Annual report of the Madras Medical College
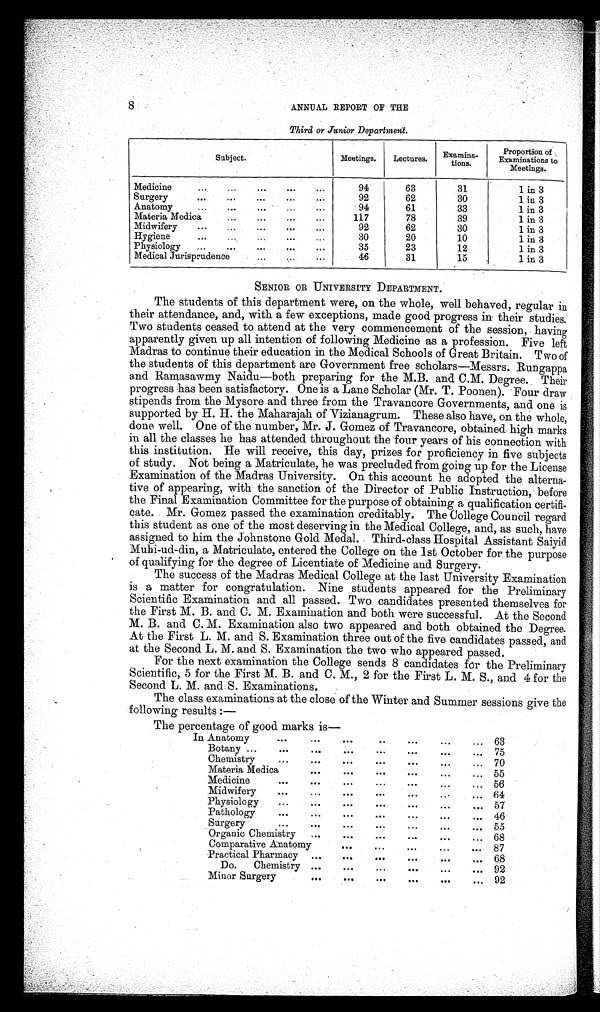
Third or Junior Department.
Subject.
Meetings.
Lectures.
Examine-
Lions.
Proportion of
Examinations to
Meetings.
Medicine
9 4
63
31
1 in 3
Surgery
92
62
30
1 in 3
Anatomy
94
61
33
1 in 3
Materia Medica
117
78
39
1 in 3
Midwifery
92
62
30
1 in 3
Hygiene
30
20
10
1 in 3
Physiology
35
23
12
1 in 3
Medical Jurisprudence
46
31
15
1 in 3
SENIOR OR UNIVERSITY DEPARTMENT.
The students of this department were, on the whole, well behaved, regular in
their attendance, and, with a few exceptions, made good progress in their studies.
Two students ceased to attend at the very commencement of the session, having
apparently given up all intention of following Medicine as a profession. Five left
Madras to continue their education in the Medical Schools of Great Britain. Two of
the students of this department are Government free scholars—Messrs. Rungappa
and Ramasawmy Naidu—both preparing for the M.B. and C.M. Degree. Their
progress has been satisfactory. One is a Lane Scholar (Mr. T. Poonen). Four draw
stipends from the Mysore and three from the Travancore Governments, and one is
supported by H. H. the Maharajah of lfizianagrum. These also have, on the whole,
done well. One of the number, Mr. J. Gomez of Travancore, obtained, high marks
in all the classes he has attended throughout the four years of his connection with
this institution. He will receive, this day, prizes for proficiency in five subjects
of study. Not being a Matriculate, he was precluded from going up for the License
Examination of the Madras University. On this account he adopted the alterna
tive of appearing, with the sanction of the Director of Public Instruction, before
the Final Examination Committee for the purpose of obtaining a qualification certifi
cate. Mr. Gomez passed the examination creditably. The College Council regard
this student as one of the most deserving in the Medical College, and, as such, have
assigned to him the Johnstone Gold Medal. Third-class Hospital Assistant Sailed
Mubi-ud-din, a Matriculate, entered the College on the last October for the purpose
of qualifying for the degree of Licentiate of Medicine and Surgery.
The success of the Madras Medical College at the last University Examination
is a matter for congratulation. Nine students appeared for the Preliminary
Scientific Examination and all passed. Two candidates presented themselves for
the First M. B. and C. M. Examination and both were successful. At the Second
M. B. and C. M. Examination also two appeared and both obtained the Degree.
At the First L. M. and S. Examination three out of the five candidates passed, and
at the Second L. M. and S. Examination the two who appeared passed.
For the next examination the College sends 8 candidates for the Preliminary
Scientific, 5 for the First M. B. and C. M., 2 for the First L. M. S., and 4 for the
Second L. M. and S. Examinations.
The class examinations at the close of the Winter and Summer sessions give the
following results:—
The percentage of good marks is
In Anatomy
63
Botany
75
Chemistry
70
Materia Medica
55
Medicine
56
Midwifery
64
Physiology
57
Pathology
46
Surgery
55
Organic Chemistry
68
Comparative Anatomy
87
Practical Pharmacy
68
Do. Chemi st r y 92
Minor Surgery
92